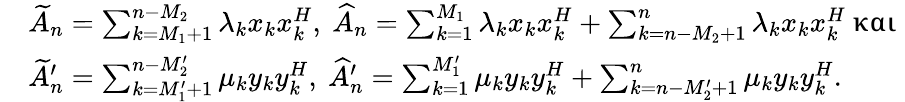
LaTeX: \begin{array}{rl}&{\widetilde{A}_{n}=\sum_{k=M_{1}+1}^{n-M_{2}}\lambda_{k}x_{k}x_{k}^{H},~\widehat{A}_{n}=\sum_{k=1}^{M_{1}}\lambda_{k}x_{k}x_{k}^{H}+\sum_{k=n-M_{2}+1}^{n}\lambda_{k}x_{k}x_{k}^{H}\mathrm{~και}}\\ &{\widetilde{A}_{n}^{\prime}=\sum_{k=M_{1}^{\prime}+1}^{n-M_{2}^{\prime}}\mu_{k}y_{k}y_{k}^{H},~\widehat{A}_{n}^{\prime}=\sum_{k=1}^{M_{1}^{\prime}}\mu_{k}y_{k}y_{k}^{H}+\sum_{k=n-M_{2}^{\prime}+1}^{n}\mu_{k}y_{k}y_{k}^{H}.}\end{array}